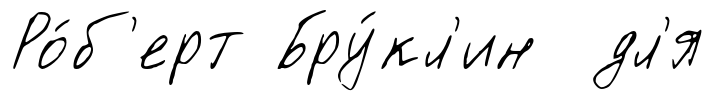
Ро́б'ерт Бру́кл'ин дл'я